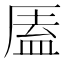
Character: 㕎